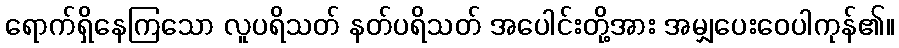
ရောက်ရှိနေကြသော လူပရိသတ် နတ်ပရိသတ် အပေါင်းတို့အား အမျှပေးဝေပါကုန်၏။